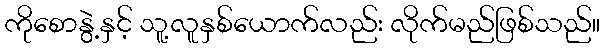
ကိုစောနွဲ့နှင့် သူ့လူနှစ်ယောက်လည်း လိုက်မည်ဖြစ်သည်။